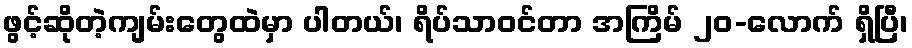
ဖွင့်ဆိုတဲ့ကျမ်းတွေထဲမှာ ပါတယ်၊ ရိပ်သာဝင်တာ အကြိမ် ၂၀-လောက် ရှိပြီ၊